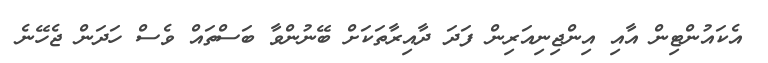
އެކައުންޓިން އާއި އިންޖިނިއަރިން ފަދަ ދާއިރާތަކަށް ބޭނުންވާ ބަސްތައް ވެސް ހަދަން ޖެހޭނެ